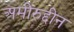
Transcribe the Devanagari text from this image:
अमीरुद्दीन